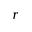
{ r }